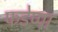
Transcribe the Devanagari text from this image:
फडेप्पा